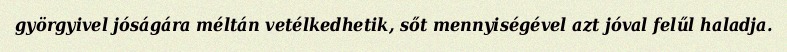
györgyivel jóságára méltán vetélkedhetik, sőt mennyiségével azt jóval felűl haladja.